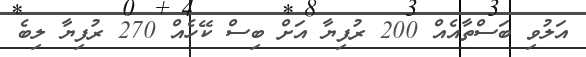
އަލުވި ބަސްތާއެއް 200 ރުފިޔާ އަށް ބިސް ކޭހެއް 270 ރުފިޔާ ލިބެ